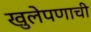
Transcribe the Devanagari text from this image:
खुलेपणाची